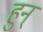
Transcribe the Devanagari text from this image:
हुन्